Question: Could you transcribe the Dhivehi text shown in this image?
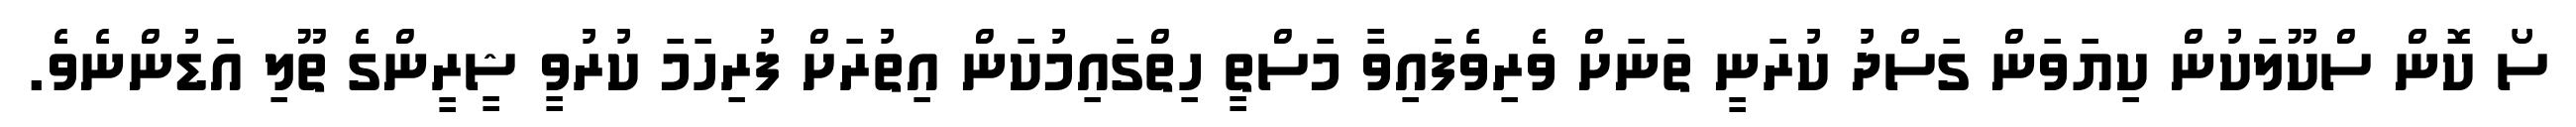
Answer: ސޯ ކޮން ސްކޫލަކުން ކިޔަވަން ގަސްދު ކުރަނީ ތަނަށް ވެރިވެފައިވާ މަސްތީ ހިތްގައިމުކަން އިތުރަށް ފުރިހަމަ ކުރުވީ ޝީރީންގެ ތޫލި އަޑުންނެވެ.